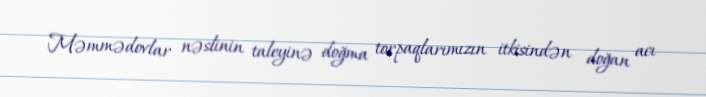
Məmmədovlar nəslinin taleyinə doğma torpaqlarımızın itkisindən doğan acı